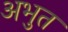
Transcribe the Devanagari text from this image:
अभुत